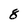
Character: 8